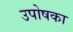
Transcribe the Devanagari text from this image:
उपोषका